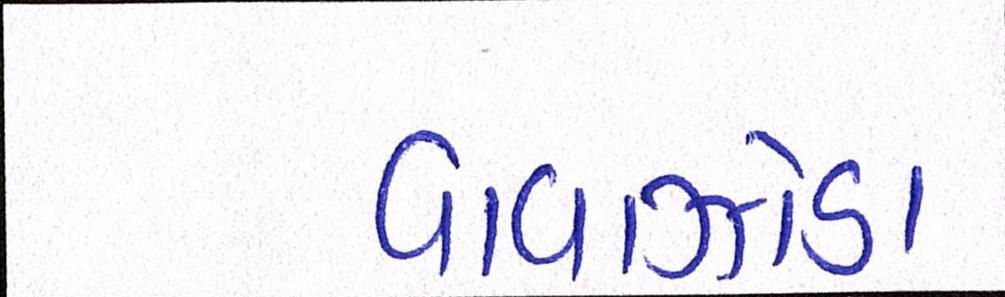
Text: વાવાઝોડા